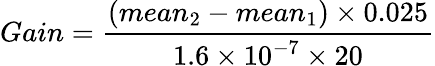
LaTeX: Gain=\frac{(mean_{2}-mean_{1})\times 0.025}{1.6\times 10^{-7}\times 20}